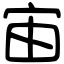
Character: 宙